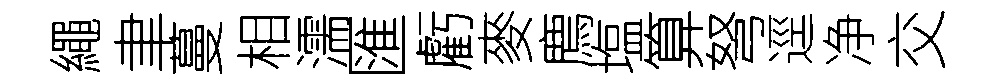
繩聿蔓相濡匯虧麥廌塩算弩逕净交